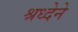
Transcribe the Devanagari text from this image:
श्रध्देने